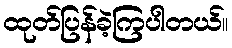
ထုတ်ပြန်ခဲ့ကြပါတယ်။